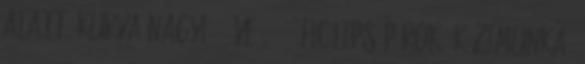
alatt, kurva nagyi 1 éve 08:47 HClips párok, kézimunka,